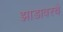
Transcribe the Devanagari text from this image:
झाडावरचे